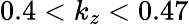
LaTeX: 0.4<k_{z}<0.47